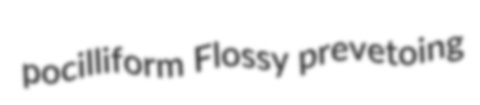
pocilliform Flossy prevetoing